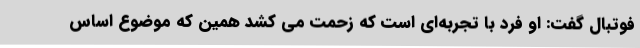
فوتبال گفت: او فرد با تجربه‌ای است که زحمت می کشد همین که موضوع اساس